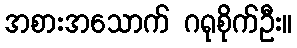
အစားအသောက် ဂရုစိုက်ဦး။